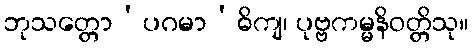
ဘုသတ္တော’ပဂမာ’ဓိကျ၊ ပုဗ္ဗကမ္မနိဝတ္တိသု။